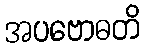
အပဗောဓတိ